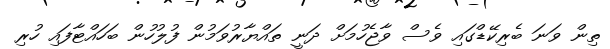
ތިން ވަނަ ބެރިކޭޑްގައި ވެސް ވާޖެހުމަށް ދަނީ ތައްޔާރުވަމުން ފުލުހުން ބަހައްޓާފައި ހުރި